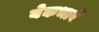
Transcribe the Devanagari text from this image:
येकभावें